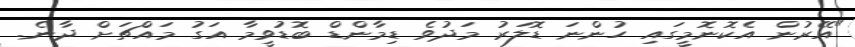
"އޭރުން އެކޮނޮމީގައި ހުންނަ ޑޮލަރު މަދުވެ ޑިމާންޑް ބޮޑުވީމާ އަގު މައްޗަށް ދާނެ.